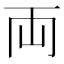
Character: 両